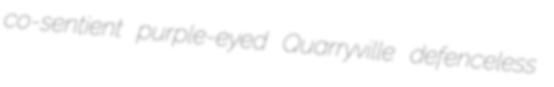
co-sentient purple-eyed Quarryville defenceless